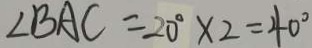
\angle B A C = 2 0 ^ { \circ } \times 2 = 4 0 ^ { \circ }